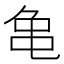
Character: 𪛉